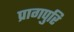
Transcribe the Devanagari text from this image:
प्रागपुरि